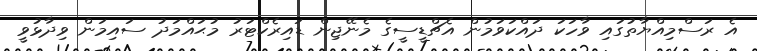
އެ ރަސްމިއްޔާތުގައި ވާހަކަ ދައްކަވަމުން އެޗްޑީސީގެ މެނޭޖިން ޑައިރެކްޓަރު މުޙައްމަދު ސައިމަން ވިދާޅުވީ